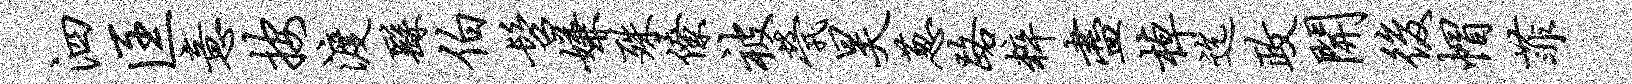
泗匡意按渡繇伯髫嫌殊僚被茕昊葱路粹尽棹迄政开后帽菲